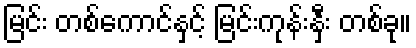
မြင်း တစ်ကောင်နှင့် မြင်းကုန်းနှီး တစ်ခု။